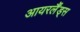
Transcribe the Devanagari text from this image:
आयरर्लैंड्स